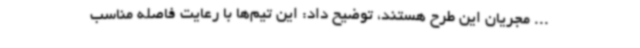
... مجریان این طرح هستند، توضیح داد: این تیم‌ها با رعایت فاصله مناسب